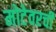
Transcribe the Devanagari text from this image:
मोटेवरची